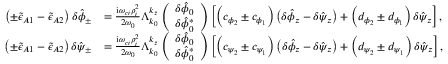
\begin{array} { r l } { \left( \pm \tilde { \epsilon } _ { A 1 } - \tilde { \epsilon } _ { A 2 } \right) \delta \hat { \phi } _ { \pm } } & { = \frac { \mathrm { i } \omega _ { c i } \rho _ { i } ^ { 2 } } { 2 \omega _ { 0 } } \Lambda _ { k _ { 0 } } ^ { k _ { z } } \left( \begin{array} { c } { \delta \hat { \phi } _ { 0 } } \\ { \delta \hat { \phi } _ { 0 } ^ { * } } \end{array} \right) \left[ \left( c _ { \phi _ { 2 } } \pm c _ { \phi _ { 1 } } \right) \left( \delta \hat { \phi } _ { z } - \delta \hat { \psi } _ { z } \right) + \left( d _ { \phi _ { 2 } } \pm d _ { \phi _ { 1 } } \right) \delta \hat { \psi } _ { z } \right] , } \\ { \left( \pm \tilde { \epsilon } _ { A 1 } - \tilde { \epsilon } _ { A 2 } \right) \delta \hat { \psi } _ { \pm } } & { = \frac { \mathrm { i } \omega _ { c i } \rho _ { i } ^ { 2 } } { 2 \omega _ { 0 } } \Lambda _ { k _ { 0 } } ^ { k _ { z } } \left( \begin{array} { c } { \delta \hat { \phi } _ { 0 } } \\ { \delta \hat { \phi } _ { 0 } ^ { * } } \end{array} \right) \left[ \left( c _ { \psi _ { 2 } } \pm c _ { \psi _ { 1 } } \right) \left( \delta \hat { \phi } _ { z } - \delta \hat { \psi } _ { z } \right) + \left( d _ { \psi _ { 2 } } \pm d _ { \psi _ { 1 } } \right) \delta \hat { \psi } _ { z } \right] , } \end{array}